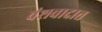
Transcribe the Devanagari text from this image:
वंशवादात